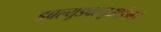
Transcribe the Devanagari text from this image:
डबल्यूडबल्यूआईआई